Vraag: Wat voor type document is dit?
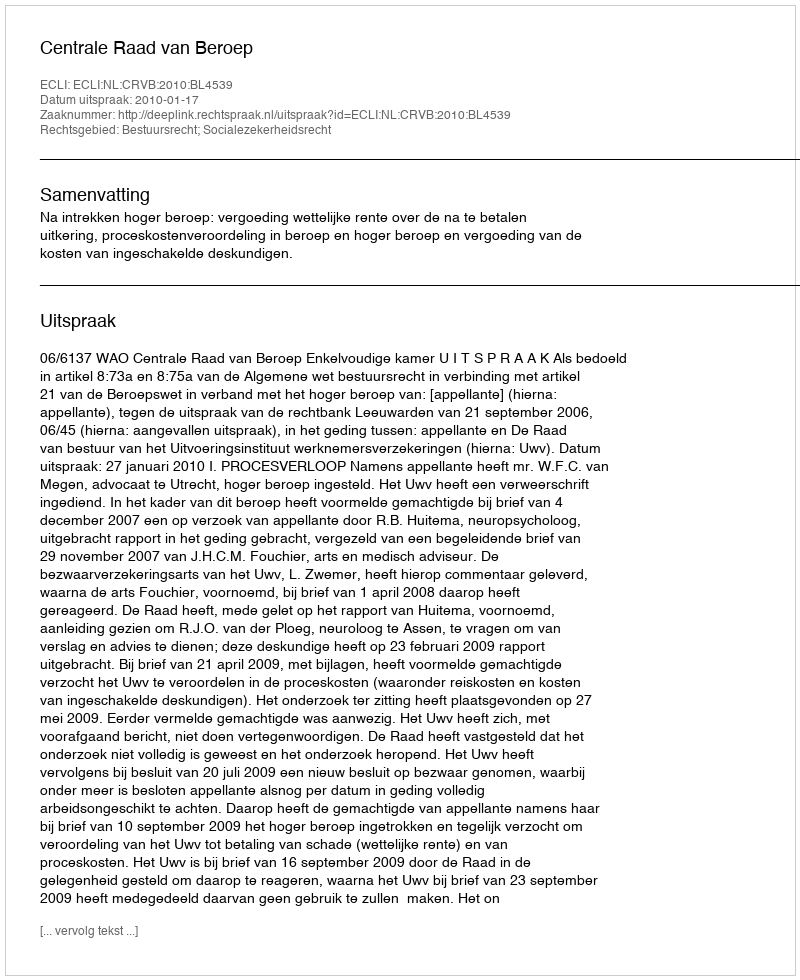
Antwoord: Uitspraak